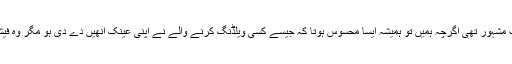
پنجاب کی ایک نامور ہستی کی عینک بہت مشہور تھی اگرچہ ہمیں تو ہمیشہ ایسا محسوس ہوتا کہ جیسے کسی ویلڈنگ کرنے والے نے اپنی عینک انھیں دے دی ہو مگر وہ فیشن ہی کیا جو عوام الناس کو سمجھ آ جائے۔